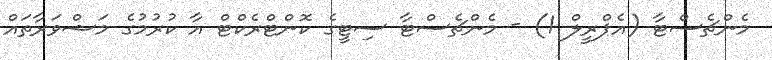
މެންޗެސްޓާ (އެޕްރީލް 1) - މެންޗެސްޓާ ސިޓީގެ ކޮންޓްރެކްޓް އާ ކުރުމުގެ މަޝްވަރާތައް